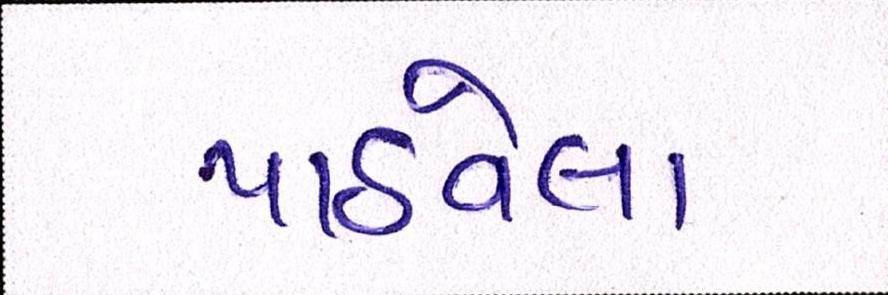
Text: પાઠવેલા